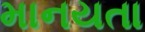
માનયતા